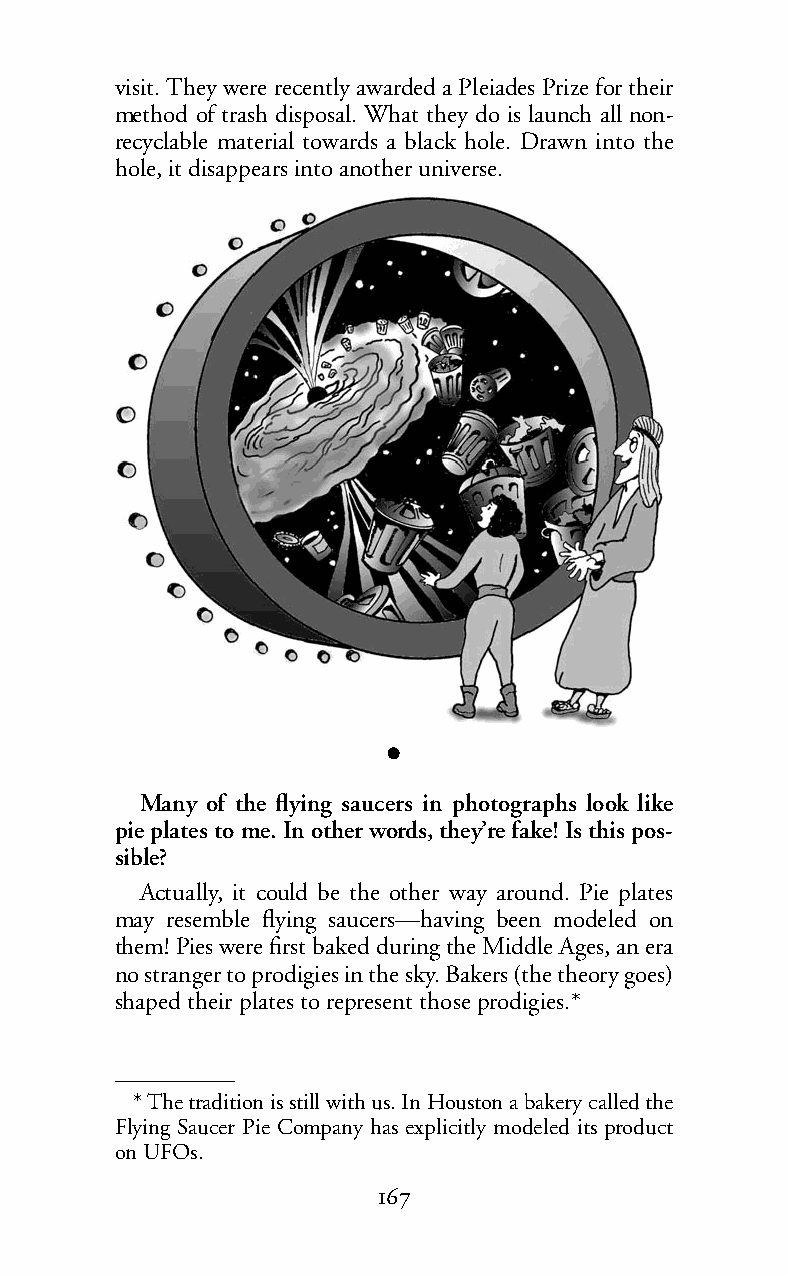
visit. They were recently awarded a Pleiades Prize for their
 method of trash disposal. What they do is launch all non-
 recyclable material towards a black hole. Drawn into the
 hole, it disappears into another universe.
 l
 Many of the flying saucers in photographs look like
 pie plates to me. In other words, they’re fake! Is this pos-
 sible?
 Actually, it could be the other way around. Pie plates
 may resemble flying saucers—having been modeled on
 them! Pies were first baked during the Middle Ages, an era
 no stranger to prodigies in the sky. Bakers (the theory goes)
 shaped their plates to represent those prodigies.*
 *Thetradition is still with us. In Houston a bakery called the
 Flying Saucer Pie Company has explicitly modeled its product
 on UFOs.
 